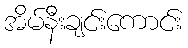
အိမ်နီးချင်းကောင်း